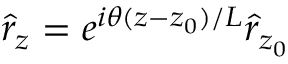
\hat { r } _ { z } = e ^ { i \theta ( z - z _ { 0 } ) / L } \hat { r } _ { z _ { 0 } }